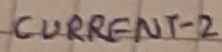
Text: CURRENT-2